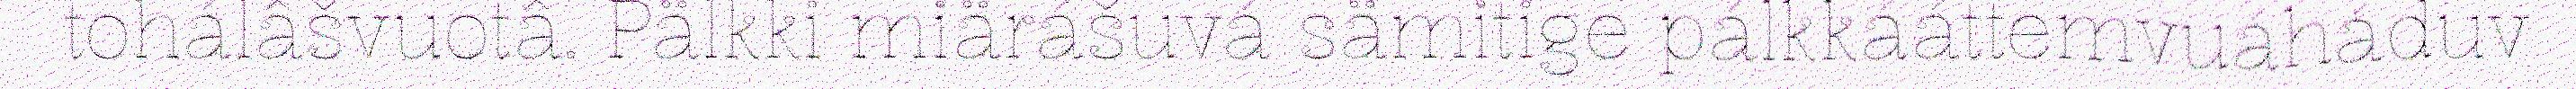
tohálâšvuotâ. Pälkki miärášuvá sämitige pálkkááttemvuáháduv